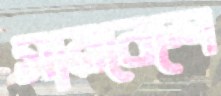
সামবেশে